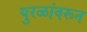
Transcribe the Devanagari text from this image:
पुरळांवरून